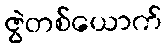
ဇွဲတစ်ယောက်